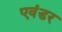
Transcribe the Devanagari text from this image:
एवंडर